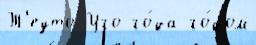
Т'еуто Уго го́да го́дом